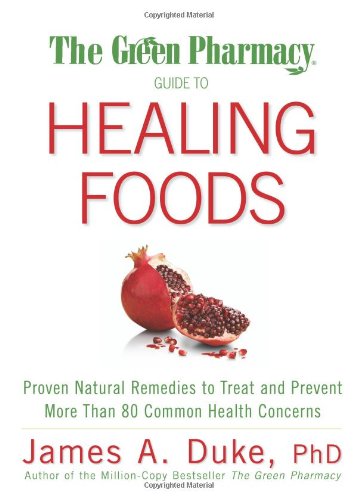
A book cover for The Green Pharmacy Guide to Healing Foods: Proven Natural Remedies to Treat and Prevent More Than 80 Common Health Concerns; James A. Duke; Health, Fitness & Dieting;